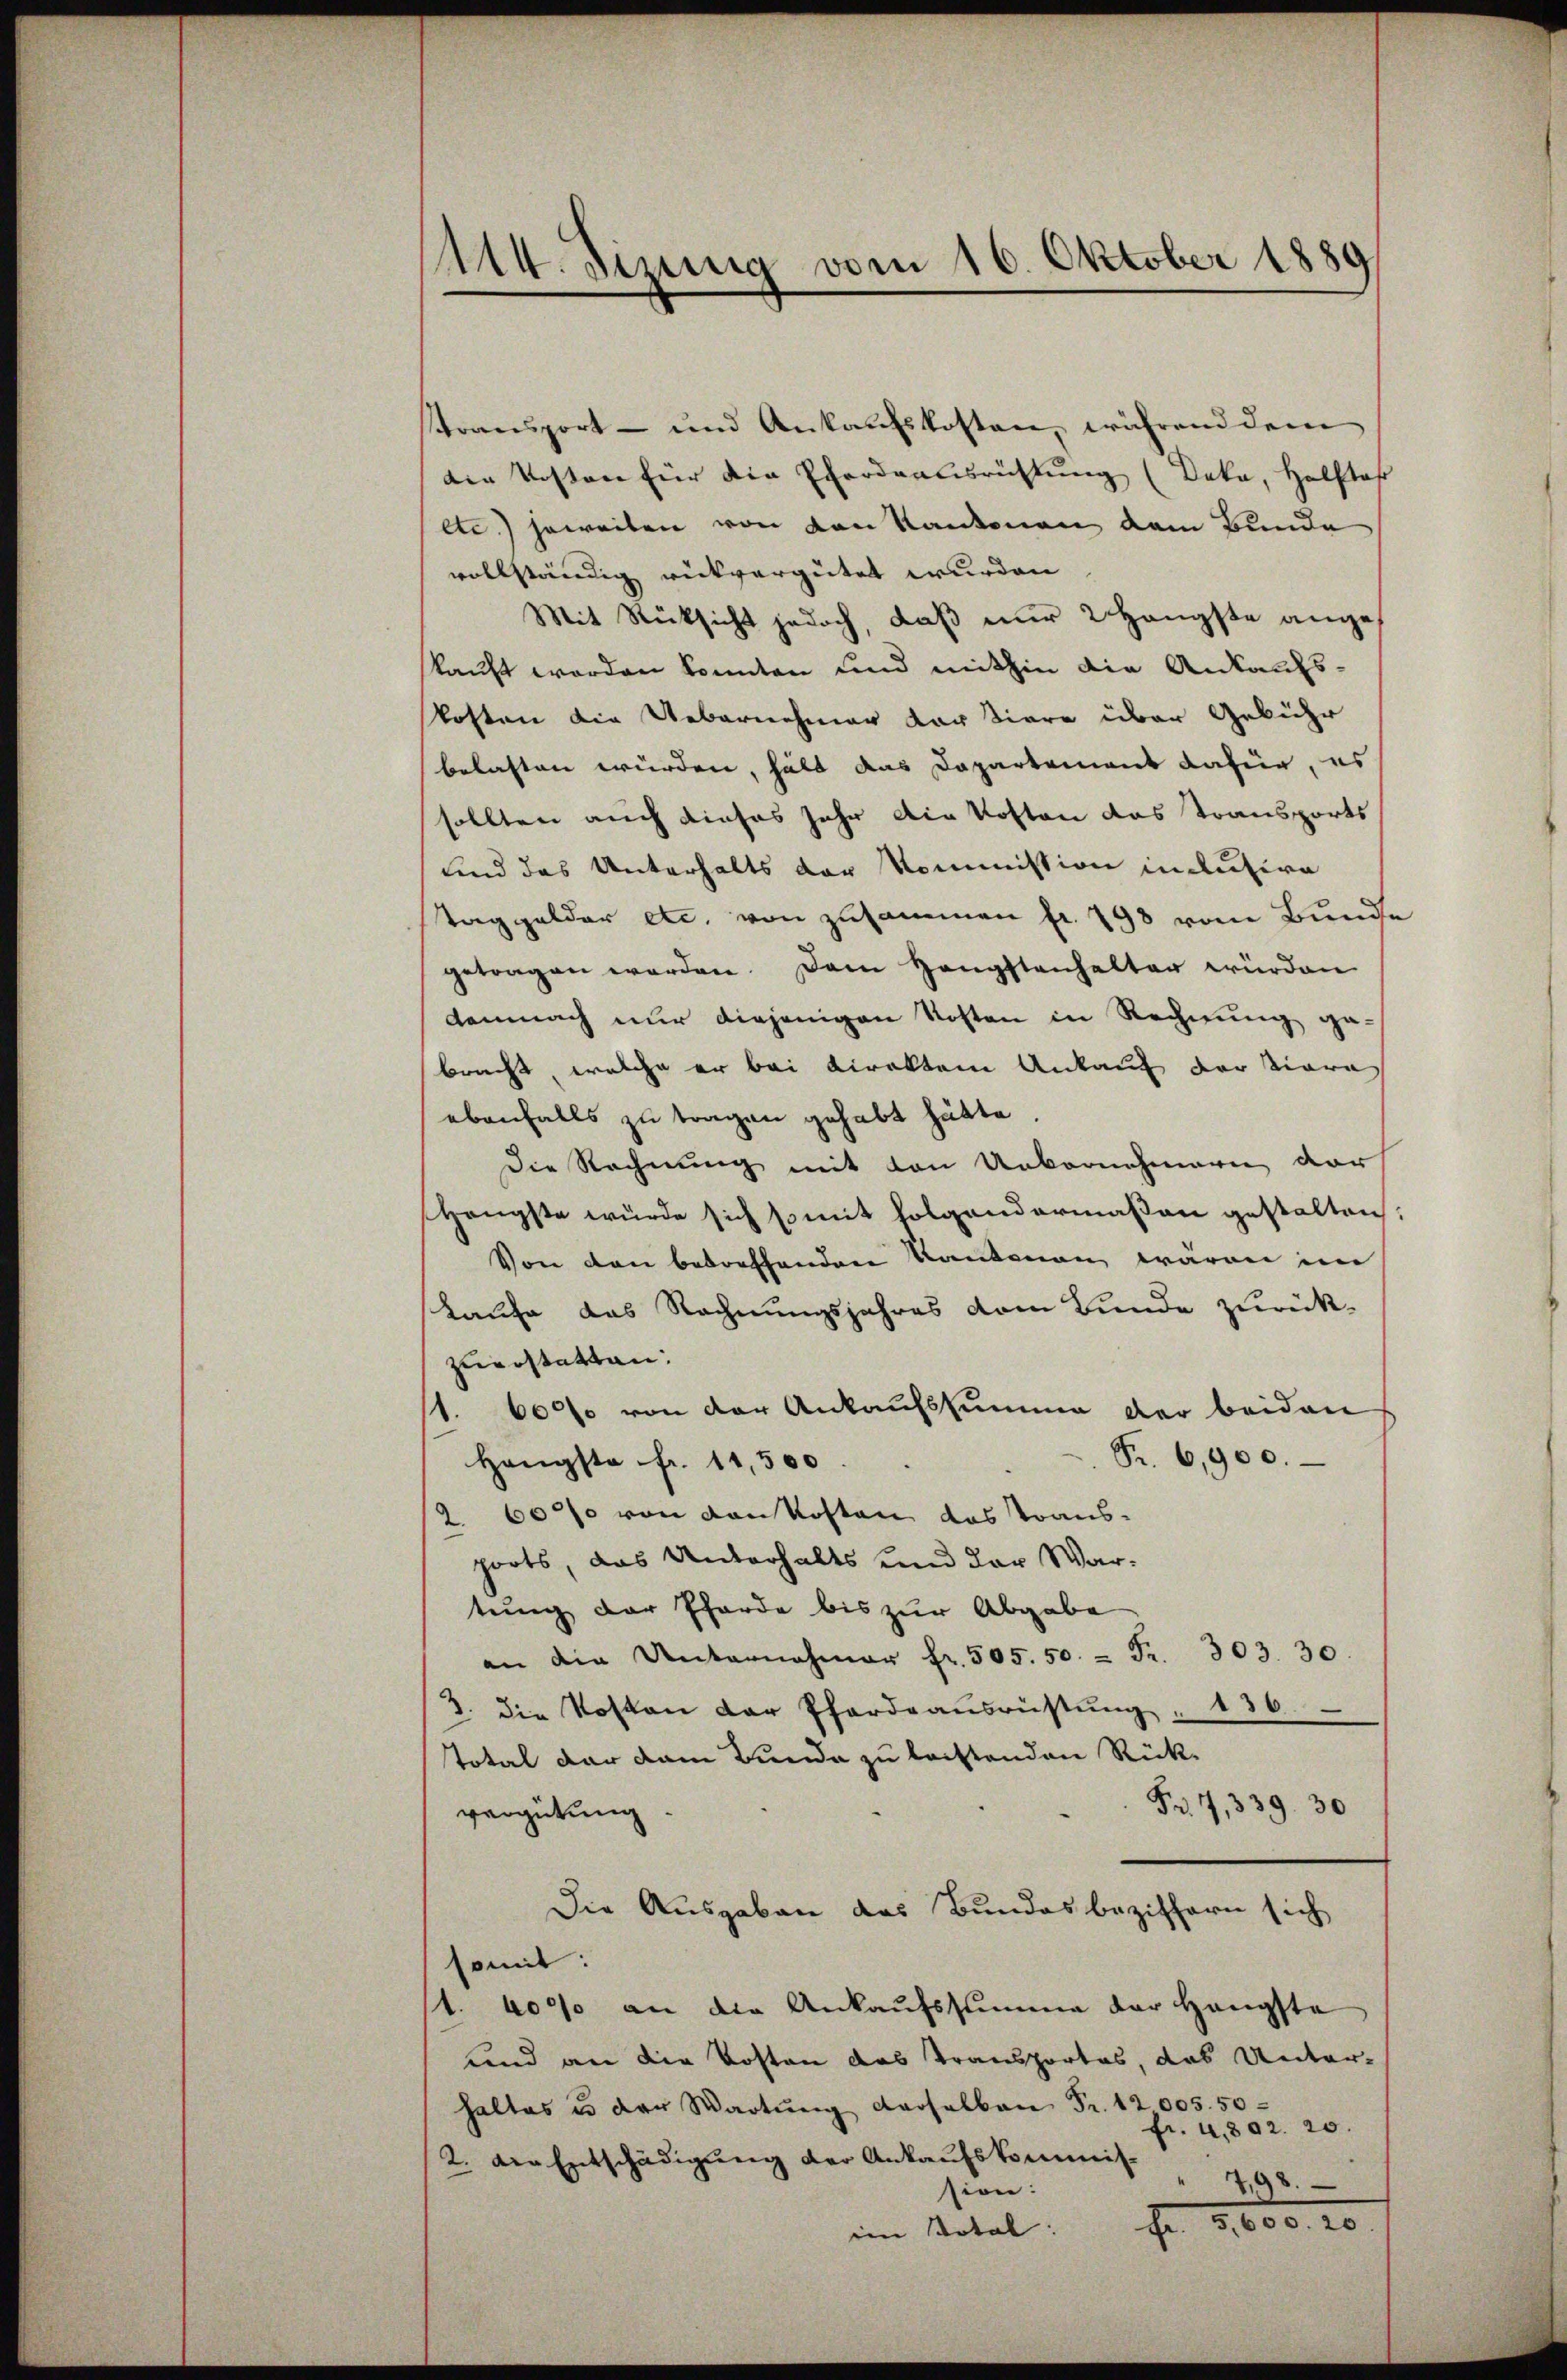
114. Sinnig vom 16. Oktober 1889

transport- und Ankaufskosten, während dem
die Kosten für die Pfordeausrichtung (Deka, Helfter
etc.) jeweiten von von Kantonen dem Bunde
vollständig rückvergütet wurden.
Mit Rücksicht jedoch, daß nur 2 Hängste angekauft worden konnten und mithin die Ankaufskosten die Uebernehmer dar tiere über Gebühr
belasten würden, hält das Departement dafür, es
sollten auch dieses sehr die Kosten das Transports¬
und das Unterhalts der Kommission in Ausire
Taggelder etc. von zusammen fr. 198 vom Bunde
getragen werden. Dem Hengstenhalter würden
demnach nur diejenigen Kosten in Rechnung ge-
bracht, welche er bei Direkten Ankauf der Tiere
ebenfalls zu tragen gehabt hätte.
die Rechnung mit den Uebernehmern der
Hengste würde sich somit folgendermaßen gestalten,
Von den betreffenden Kantonen wären im
Kaufe das Rechnungsjahres vom Bunde zurück-
zuerstatten:
1. 6000 von der Ankaufssumme der beiden
Fr. 6,900.
Hengste fr. 11,500.
2 6000 von von kosten das Traus-
ports das Unterhalts und der Wartung der Pferde bis zur Abgabe
an die Unternehmer fr. 505. 50.  Fr. 303. 30.
3. Die Kosten der Pferdeausrüstung " 136.
total der dem Bunde zu leistenden Rück-
Fr. 7, 339. 30
vergütung.
Die Ausgaben das Bundesbeziffern sich
somit:
1. 4000 an die Ankaufssumme der Hängste
und an die Kosten das Transportes, das Unter-
haltes u der Wartung derselben Fr. 12005. 50
fr. 4.802. 20.
2. der Entschädigung der Ankaufskommis¬
798.
sion:
im Metal. Fr. 5. 660, 20